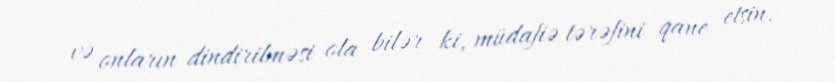
və onların dindirilməsi ola bilər ki, müdafiə tərəfini qane etsin.